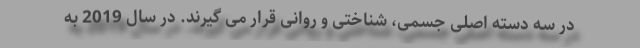
در سه دسته اصلی جسمی، شناختی و روانی قرار می گیرند. در سال 2019 به